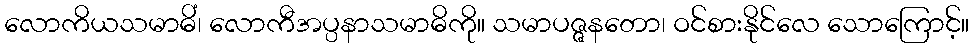
လောကိယသမာဓိံ၊ လောကီအပ္ပနာသမာဓိကို။ သမာပဇ္ဇနတော၊ ဝင်စားနိုင်လေ သောကြောင့်။